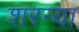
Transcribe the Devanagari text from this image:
शरन्या